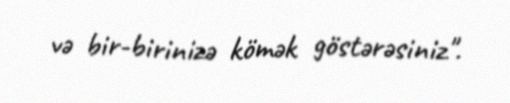
və bir-birinizə kömək göstərəsiniz".